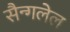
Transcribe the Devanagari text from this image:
सैन्गलेल